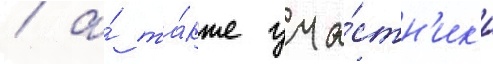
/ а́ та́кже уча́стн'ик'и